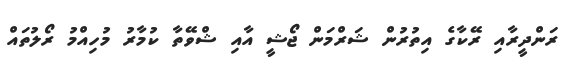
ރަންދީރާއި ރޭކާގެ އިތުރުން ޝަރްމަން ޖޯޝީ އާއި ޝްވޭތާ ކުމާރު މުހިއްމު ރޯލުތައް